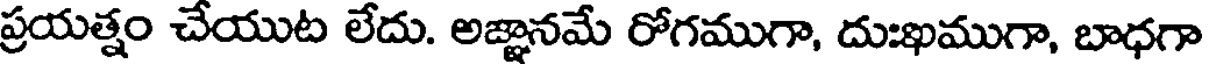
ప్రయత్నం చేయుట లేదు. అజ్ఞానమే రోగముగా, దుఃఖముగా, బాధగా